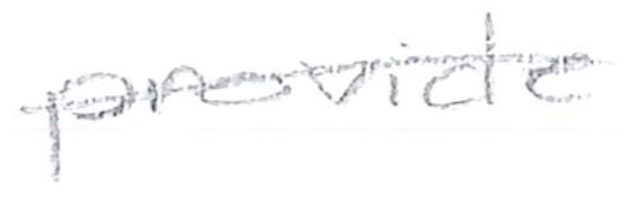
Text: provide
Cross-out: mix
Writing tool: pencil